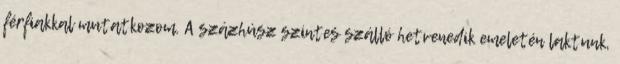
férfiakkal mutatkozom. A százhúsz szintes szálló hetvenedik emeletén laktunk,